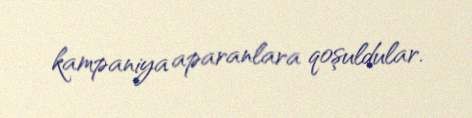
kampaniya aparanlara qoşuldular.